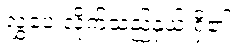
လွှဲပေးလိုက်သည့်နှယ် ရှိ၏။